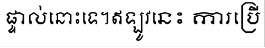
ផ្ទាល់នោះទេ។ឥឡូវនេះ ការប្រើ